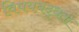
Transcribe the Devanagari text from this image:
विषयबद्धता